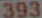
393